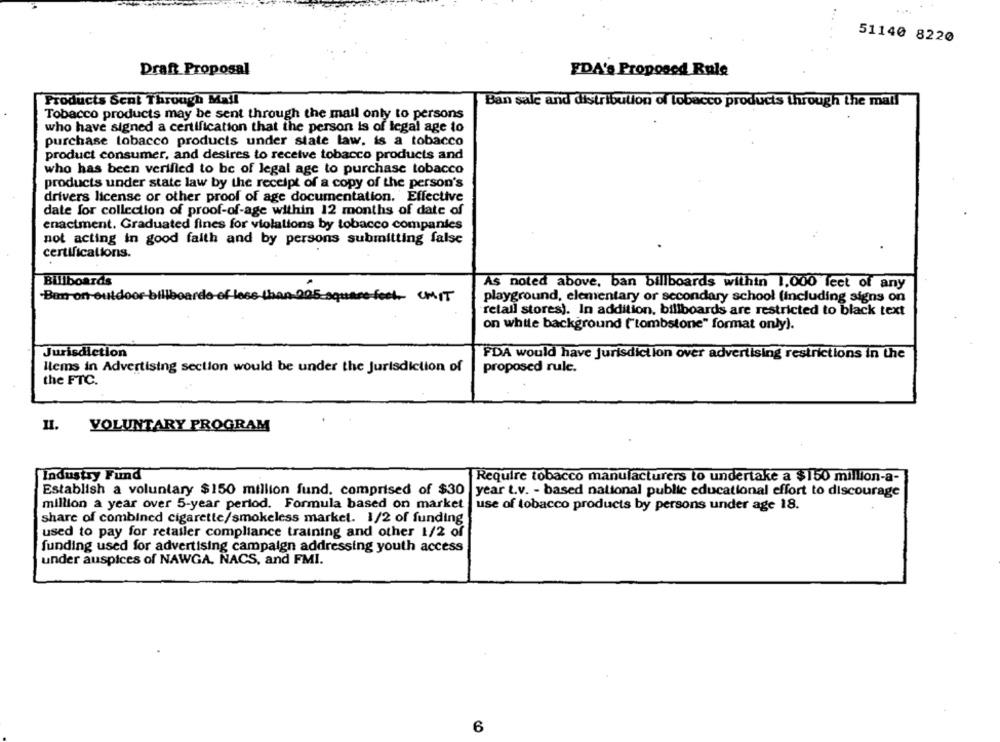
51140 8220
Draft Proposal
EDA's Proposed Rule
Products Scot Through Mall
Ban sale and distribution of tobacco products through the mail
Tobacco products may be sent through the mail only to persons
who have signed a certification that the person is of legal age to
purchase tobacco products under state law. is a tobacco
product consumer, and desires to receive tobacco products and
who has been verified to be of legal age to purchase tobacco
products under state law by the receipt of a copy of the person's
drivers license or other proof of age documentation. Effective
date for collection of proof-of-age within 12 months of date of
enactment. Graduated fines for violations by tobacco companies
not acting in good faith and by persons submitting false
certifications.
Billboards
As noted above, ban billboards within 1,000 feet of any
Ban on outdoor-billboarde
205.
square-foot_ CMIT
playground, elementary or secondary school (including signs on
retail stores). In addition, billboards are restricted to black text
on while background ("tombstone" format only).
Jurisdiction
FDA would have jurisdiction over advertising restrictions in the
Items in Advertising section would be under the Jurisdiction of
proposed rule.
the FTC.
II.
VOLUNTARY PROGRAM
Industry Fund
Require tobacco manufacturers to undertake a $150 million-a-
Establish a voluntary $150 million fund, comprised of $30 |year t.v. - based national public educational effort to discourage
million a year over 5-year period. Formula based on market use of tobacco products by persons under age 18.
share of combined cigarette/smokeless market. 1/2 of funding
used to pay for retailer compliance training and other 1/2 of
funding used for advertising campaign addressing youth access
under auspices of NAWGA, NACS, and FMI.
6